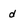
Character: d